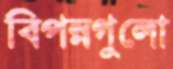
বিপন্নগুলো